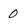
Character: 0